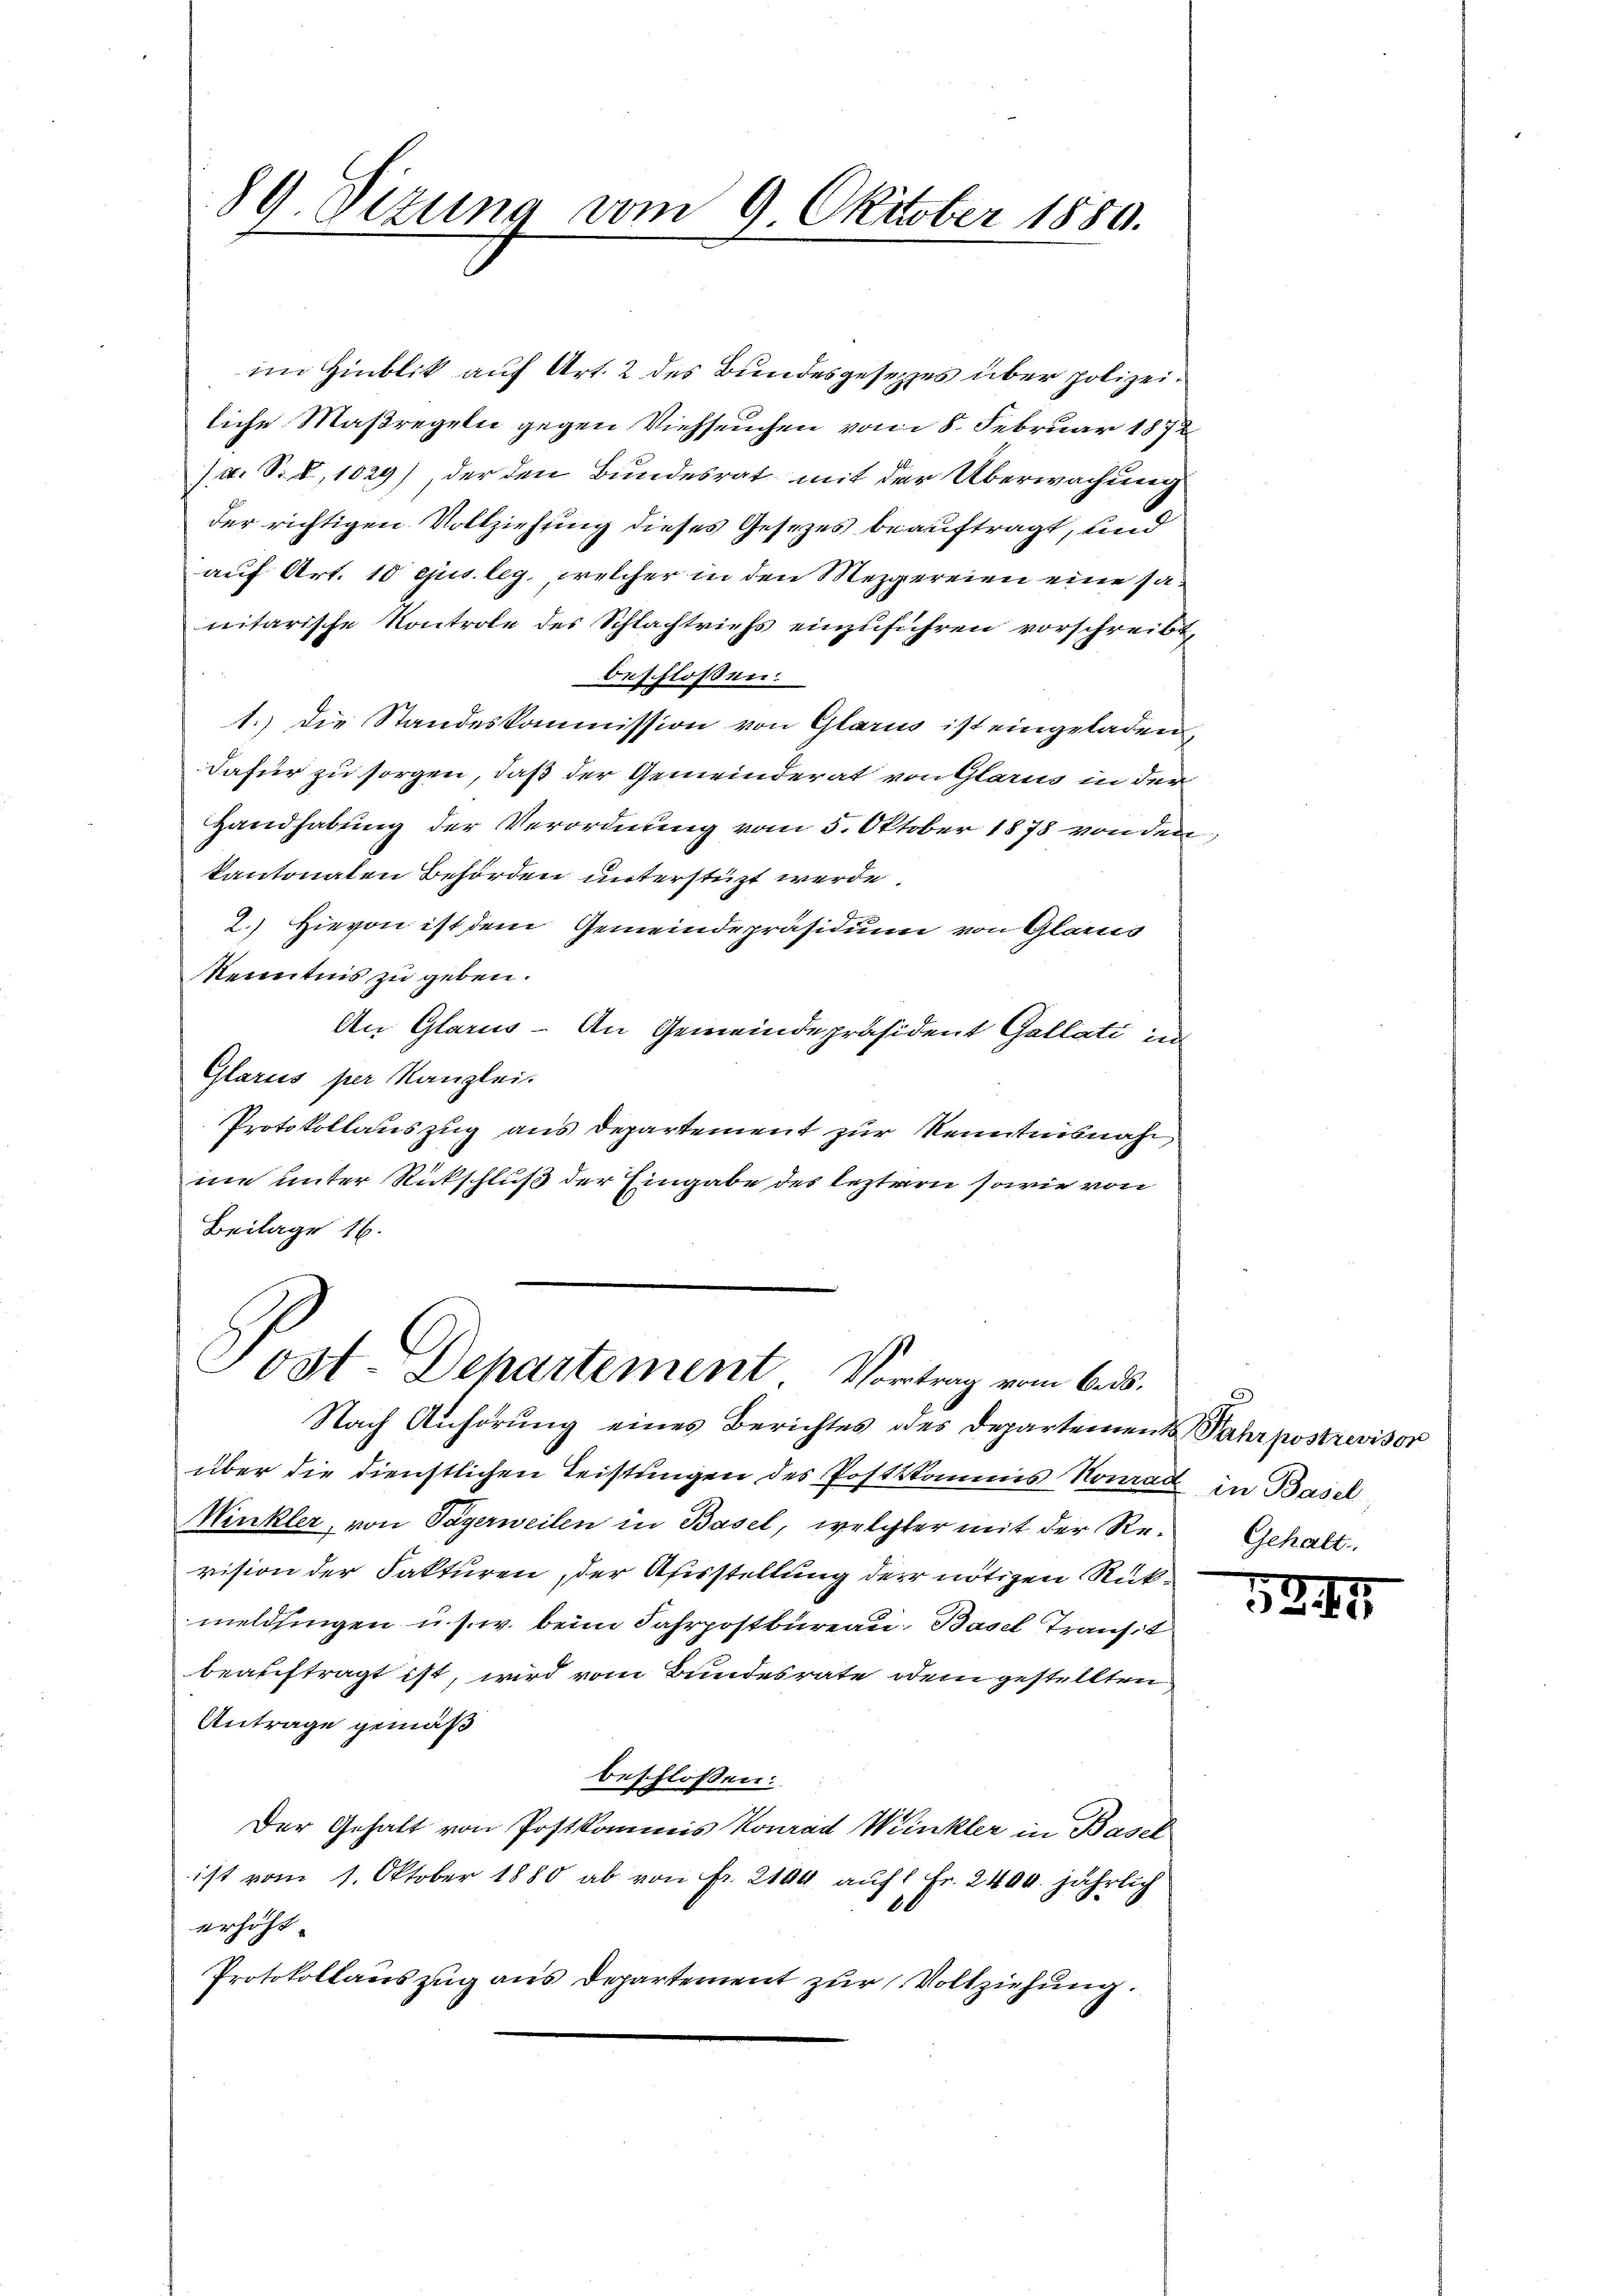
89 Vizung vom 9 Oktober 1880.
4

im Hinblik auf Art. 2 des Bundesgesetzes über polizeiliche Maßregeln gegen Viehseuchen vom 8. Februar 1872
J. A. S. 8, 1029), der den Bundesrat mit der Überwachung
der richtigen Vollziehung dieses Gesezes beauftragt, und
auf Art. 10 ejus. leg, welcher in den Mezgereien eine sa
nitarische Kontrole des Schlaftriefs einzuführen vorschreibt,
beschloßen:
1.) Die Standeskommission von Glarus ist eingeladen
dafür zu sorgen, daß der Gemeinderat von Glarus in der
Handhabung der Verordnung vom 5. Oktober 1878 von den
kantonalen Behörden unterstüzt werde.
2.) Hievon ist dem Gemeindepräsidium von Glarus
Kenntnis zu geben.
An Glarus - An Gemeindepräsident Gallati in
Glarus per Kanzlei.
Protokollauszug aus Departement zur Kenntnisnah
me unter Rückschluß der Eingabe des leztern sowie von
Beilage 16.

Post Departement. Vorlag vom 6. d.

Nach Anhörung eines Berichtes des Departement Fahrpostrevisor
über die dienstlichen Leistungen des Postkkommis Konrad in Basel
Minkler, von Tägerweilen in Basel, welchter mit der Re¬ Gehalt.
vision der Fakturen, der Afisstellung der nötizen Rükmeldlingen u. s. w. beim Fahrpostbureau, Basel Transit
beauftragt ist, wird vom Bundesrate dem gestellten
Antrage gemäß
beschlossen:
Der Gehalt von Postkommis Konrad Winkler in Basel
ist vom 1. Oktober 1880 ab von Fr. 2164 auf 1 Fr. 2400. jährlich
erhöht.
Protokollauszug aus Departement zur Vollziehung.

5247